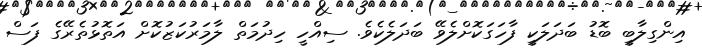
އިންގިލާބީ ބޮޑު ބަދަލަކީ ފާހަގަކޮށްލެވޭ ބަދަލެކެވެ. ސިއްހީ ހިދުމަތް ލާމަރުކަޒުކޮށް އަތޮޅުތެރޭގެ ފަސް